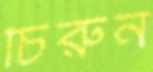
চিরুন